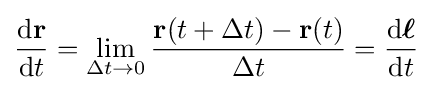
{\frac {\mathrm {d} \mathbf {r} }{\mathrm {d} t}}=\lim _{{\Delta }t\to 0}{\frac {\mathbf {r} (t+{\Delta }t)-\mathbf {r} (t)}{{\Delta }t}}={\frac {\mathrm {d} {\boldsymbol {\ell }}}{\mathrm {d} t}}\